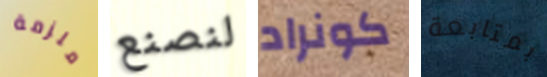
ملزمة لنصنع كونراد بمتابعة